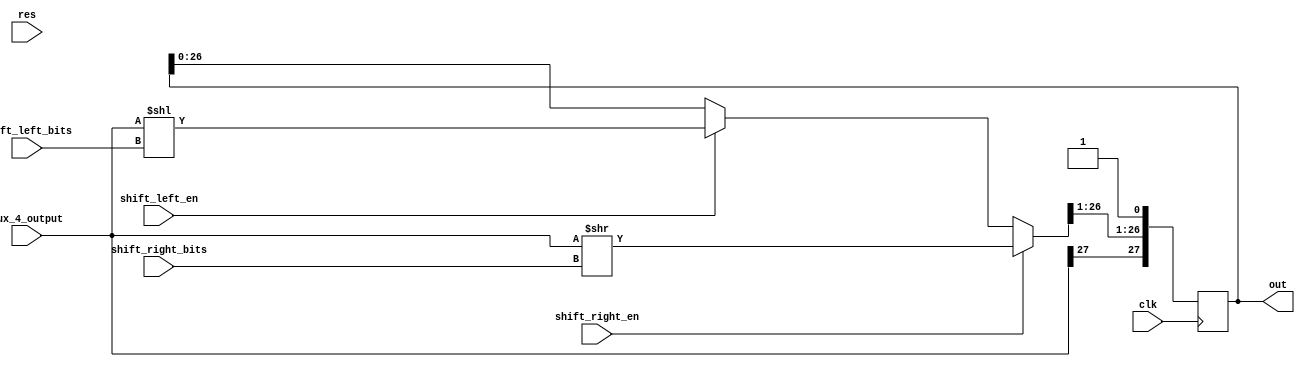
module Shift_Left_Right(clk,res,shift_left_bits,shift_right_bits,
  shift_left_en,shift_right_en,mux_4_output,out);
  input clk,res,shift_left_en,shift_right_en;
  input [7:0] shift_left_bits,shift_right_bits;
  input [27:0] mux_4_output;
  output reg [27:0] out;
  
  always @(posedge clk) begin
    if(shift_right_en)
      out = mux_4_output >> shift_right_bits;
    else if(shift_left_en)
      out = mux_4_output << shift_left_bits;
    out[27] = mux_4_output[27];
    out[0] = 1;//mark
  end
endmodule